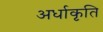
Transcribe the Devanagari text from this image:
अर्धाकृति